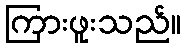
ကြားဖူးသည်။